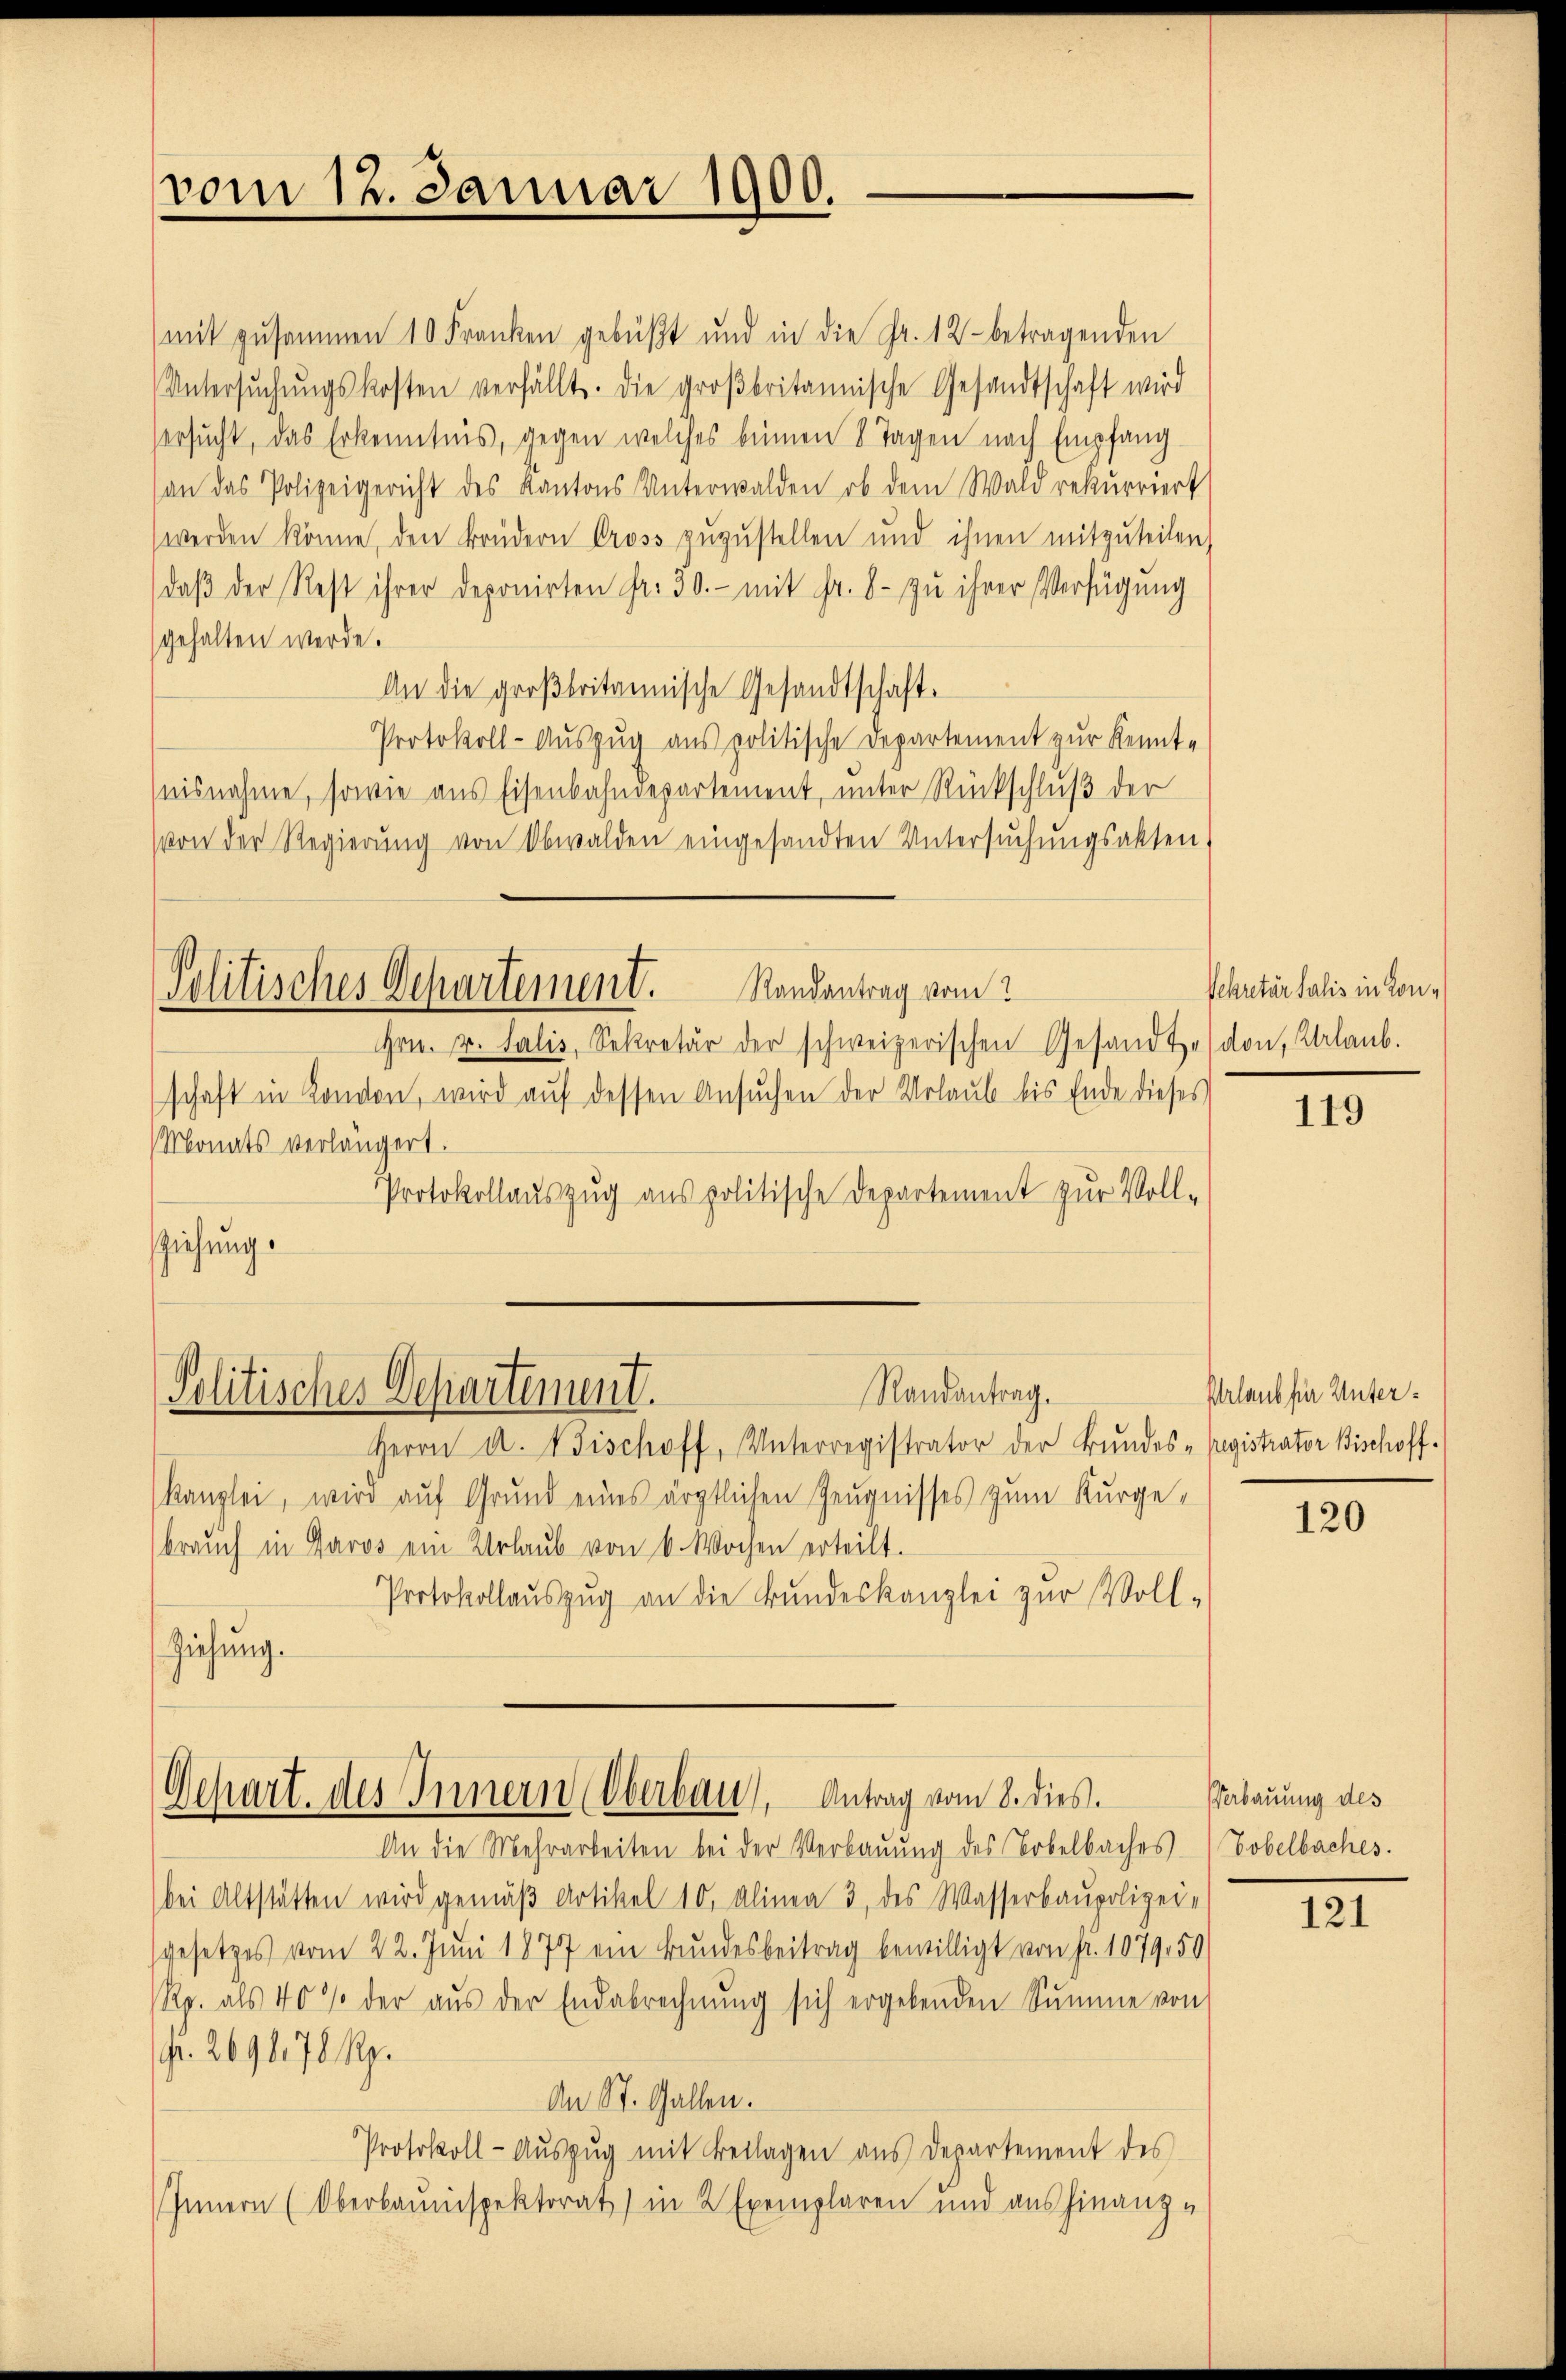
vom 12. Januar 1900.

mit zusammen 10 Franken gebüßt und in die Fr. 12 - betragenden
Untersŭchŭngskosten verfällt. Die groβbritannische Gesandtschaft wird
ersucht, das Erkenntnis, gegen welches benen 8 Tagen nach Empfang
(an das Polizeigericht des Kantons Unterwalden, ob dem Wald rekurriert
werden könne, den Brüdern Gross zuzustellen und ihnen mitzuteilen,
daβ der Rest ihrer deponirten fr. 30.- mit Fr. 8 zu ihrer Verfügung
gehalten werde.
An die großbritannische Gesandtschaft,
Protokoll-Auszug aus politische Departement zur Kennt-
nisnahme, sowie aus Eisenbahndepartement, unter Rückschluß der
von der Regierŭng von Obwalden eingesandten Untersŭchŭngsakten,

Randantrag vom
Politisches Departement.
Hrn. v. Salis, Sekretär der schweizerischen Gesandte schon, Urlaub.

Randantrag.
Politisches Departement.

schaft in London, wird aŭf dessen Ansŭchen der Urlaub bis Ende dieses
Monats verlängert.
Protokollauszug aus politische Departement zur Voll-
ziehung.

Herrn A. Bischoff, Unterregistrator der Bundes-Registrator Bischoff.
Kanzlei, wird auf Grund eines ärztlichen Zeugnisses zum Kurge-
braŭch in Paros ein Urlaŭb von 6 Wochen erteilt.
Protokollaŭszŭg an die Bundeskanzlei zur Voll-
Ziehung.

Schart. des Innern (Oberbau), Antrag vom 8. dies

An die Mehrarbeiten bei der Verbaŭŭng des Tobelbaches
bei Altstätten wird gemäß Artikel 10, Alinea 3 des Wasserbaupolizei-
gesetzes vom 22. Juni 1877 ein Bundesbeitrag bewilligt von fr. 1079,50
Rp. als 40% der aŭs der Endabrechnŭng sich ergebenden Summe von
pr. 269678 Rp.
An St. Gallen.
Protokoll-Aŭszŭg mit Beilagen aus Departement des
Innern (Oberbauinspektorat) in 2 Exemplaren und aus hinanz-

Sekretär Salis in Lon¬

119

Urlaub für Unter¬

120

Verbauung des
Tobelbaches.

121